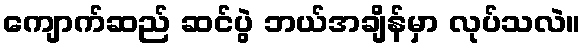
ကျောက်ဆည် ဆင်ပွဲ ဘယ်အချိန်မှာ လုပ်သလဲ။